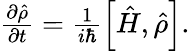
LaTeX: \begin{array}{r}{\frac{\partial\hat{\rho}}{\partial t}=\frac{1}{i\hbar}\left[\hat{H},\hat{\rho}\right].}\end{array}